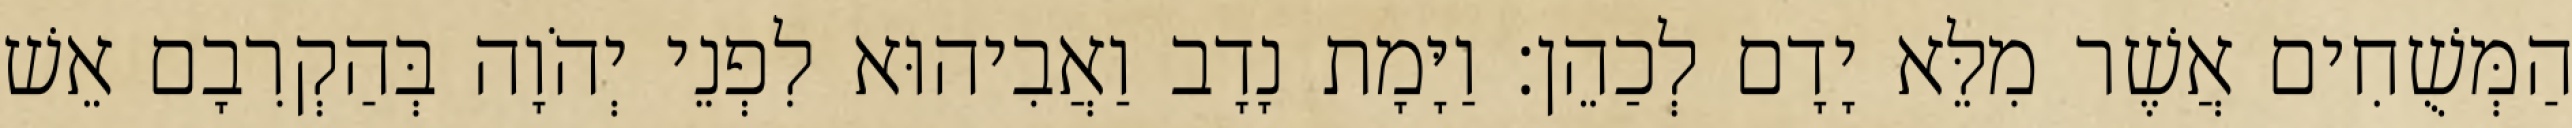
הַמְּשֻׁחִים אֲשֶׁר מִלֵּא יָדָם לְכַהֵן׃ וַיָּמָת נָדָב וַאֲבִיהוּא לִפְנֵי יְהֹוָה בְּהַקְרִבָם אֵשׁ